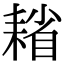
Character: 𦔄